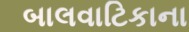
બાલવાટિકાના